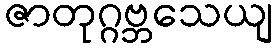
ဇာတုဂ္ဂဗ္ဘသေယျ